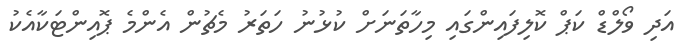
އަދި ވޯލްޑް ކަޕް ކޮލިފައިންގައި މިހާތަނަށް ކުޅުނު ހަތަރު މެޗުން އެންމެ ޕޮއިންޓަކާއެކު